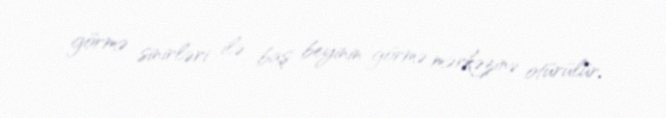
görmə sinirləri ilə baş beyinin görmə mərkəzinə otürülür.